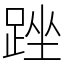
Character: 䟶